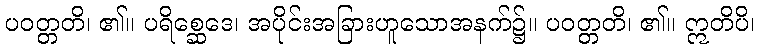
ပဝတ္တတိ၊ ၏။ ပရိစ္ဆေဒေ၊ အပိုင်းအခြားဟူသောအနက်၌။ ပဝတ္တတိ၊ ၏။ ဣတိပိ၊